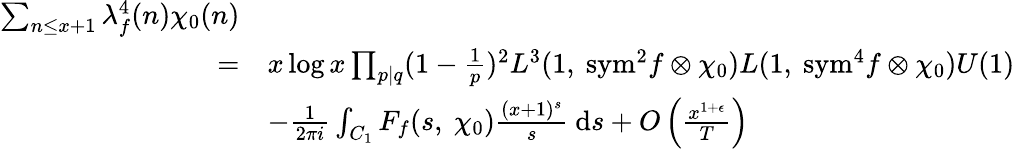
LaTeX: \begin{array}{rl}{\sum_{n\leq x+1}\lambda_{f}^{4}(n)\chi_{0}(n)}\\ {=}&{x\log x\prod_{p\mid q}(1-\frac{1}{p})^{2}L^{3}(1,\ \mathrm{{sym}}^{2}f\otimes\chi_{0})L(1,\ {\mathrm{sym}}^{4}f\otimes\chi_{0})U(1)}\\ &{-\frac{1}{2\pi i}\int_{C_{1}}F_{f}(s,\ \chi_{0})\frac{(x+1)^{s}}{s}\ \mathrm{d}s+O\left(\frac{x^{1+\epsilon}}{T}\right)}\end{array}